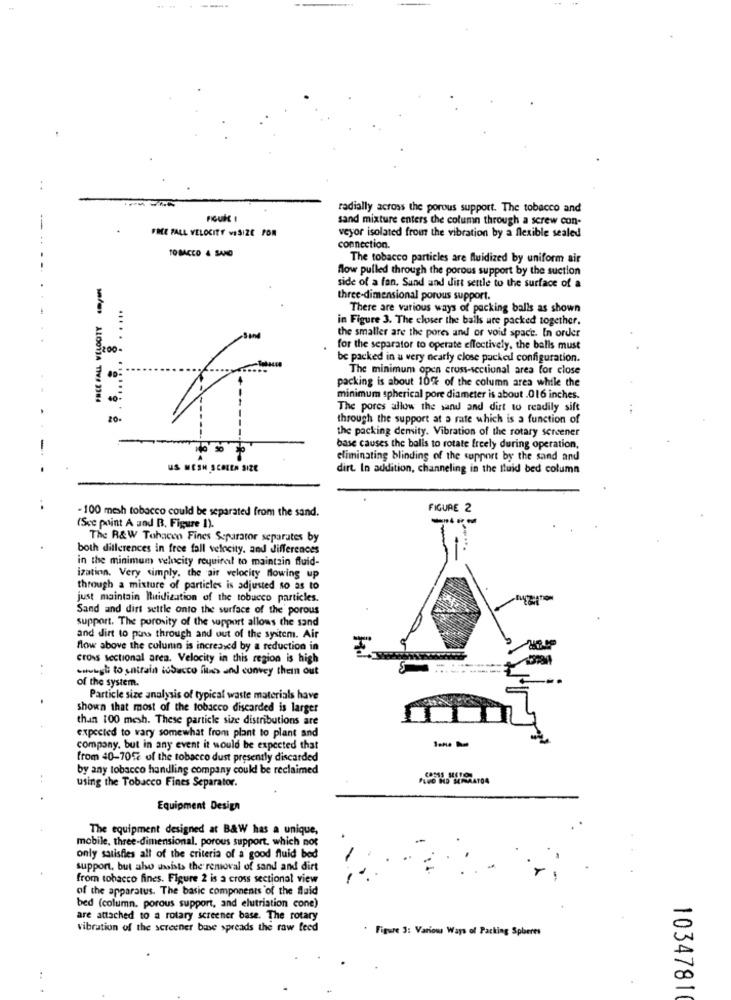
radially across the porous support. The tobacco and
Fioul i
sand mixture enters the column through a screw con-
FREE FALL VELOCITY waSIZE POR
veyor isolated from the vibration by a flexible sealed
TOBACCO & SANO
connection.
The tobacco particles are fluidized by uniform air
flow pulled through the porous support by the suction
side of a fan. Sand and dirt settle to the surface of a
$. ...... . . . . . ..
three-dimensional porous support.
There are various ways of packing balls as shown
in Figure 3. The closer the balls ure packed together.
the smaller are the pores and or void space. In order
for the separator to operate effectively, the balls must
be packed in a very nearly close packed configuration.
The minimum open cross-sectional area for close
packing is about 10% of the column area while the
/es ALGOVIA THE 3184
minimum spherical pore diameter is about .016 inches.
The pores allow the sand and dist to readily sift
through the support at a rate which is a function of
the packing demity. Vibration of the rotary screener
base causes the balls to rotate freely during operation,
eliminating blinding of the support by the sand and
US MESH SCHER SIZE
dirt. In addition, channeling in the fluid bed column
FIGURE 2
- 100 mesh tobacco could be separated from the sand.
(Sce point A and B, Figure 1).
The R&W Tohacen Fines Separator separates by
both differences in free fall velocity. and differences
in the minimum velocity required to maintain fluid-
ization. Very simply. the air velocity flowing up
through a mixture of particles is adjusted so as to
just maintain Ilutidization of the tobacco particles.
Sand and dirt settle onto the surface of the porous
support. The porosity of the support allows the sand
and dirt to pass through and out of the system. Air
flow above the column is increased by a reduction in
cross sectional area. Velocity in this region is high
cough to untrain tobacco fitas and convey them out
of the system.
Particle size analysis of typical waste materials have
shown that most of the tobacco discarded is larger
than 100 mesh. These particle size distributions are
expected to vary somewhat from plant to plant and
company. but in any event it would be expected that
from 40-701% of the tobacco dust presently discarded
by any tobacco handling company could be reclaimed
using the Tobacco Fines Separator.
Equipment Design
The equipment designed at B&W has a unique,
mobile, three-dimensional. porous support. which not
only satisfies all of the criteria of a good fluid bed
support, but also assists the removal of sand and dirt
from tobacco fines. Figure 2 is a cross sectional view
of the apparatus. The basic components of the fluid
bed (column. porous support, and elutriation cone)
are attached to a rotary screener base. The rotary
vibration of the screener binse spreads the raw feed
Figure 3: Various Ways of Packing Spheres
:
1034781